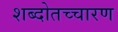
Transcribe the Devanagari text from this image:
शब्दोतच्चारण